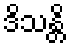
ဒိသန္တိ